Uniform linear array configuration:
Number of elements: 24
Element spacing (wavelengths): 0.5
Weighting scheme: hann
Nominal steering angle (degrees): -45
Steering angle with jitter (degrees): -44.925
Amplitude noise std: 0.05
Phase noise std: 0.05

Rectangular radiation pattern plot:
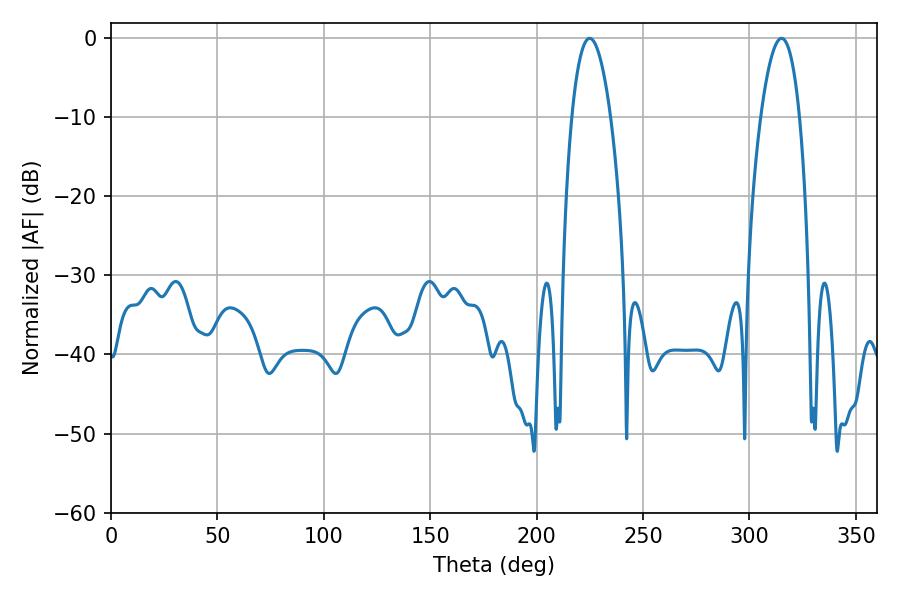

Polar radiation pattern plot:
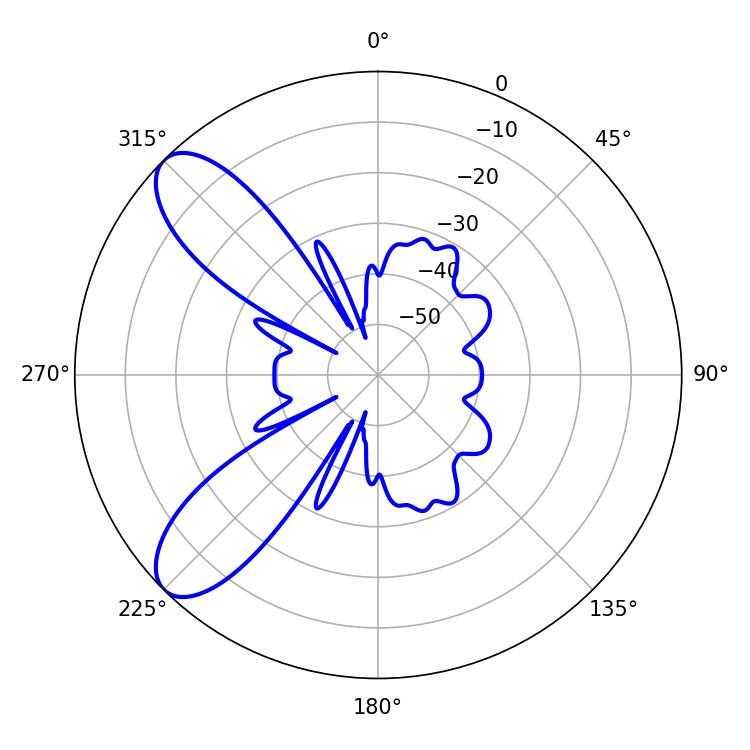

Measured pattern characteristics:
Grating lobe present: FALSE
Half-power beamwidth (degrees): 10.08
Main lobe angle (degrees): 225